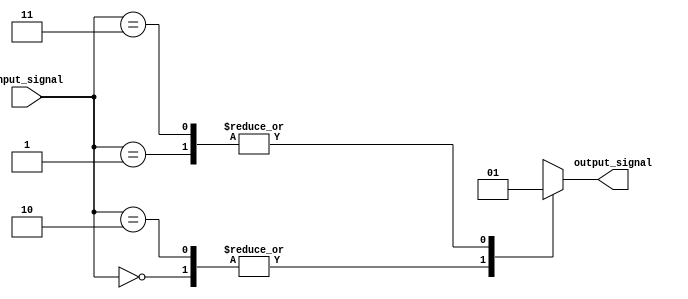
module simple_case_statement (
    input wire [1:0] input_signal,
    output reg output_signal
);

always @(*)
begin
    case (input_signal)
        2'b00: output_signal = 1'b0;
        2'b01: output_signal = 1'b1;
        2'b10: output_signal = 1'b0;
        2'b11: output_signal = 1'b1;
    endcase
end

endmodule